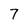
Character: 7